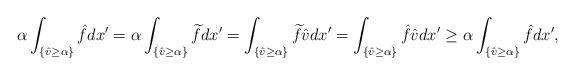
LaTeX: \begin{align*}\alpha \int_{\{\hat{v}\geq \alpha\}} \hat{f}dx'=\alpha \int_{\{\hat{v}\geq \alpha\}} \widetilde{f}dx'=\int_{\{\hat{v}\geq \alpha\}} \widetilde{f}\hat{v}dx' =\int_{\{\hat{v}\geq\alpha\}} \hat{f}\hat{v}dx'\geq\alpha \int_{\{\hat{v}\geq \alpha\}} \hat{f}dx',\end{align*}